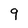
Character: 9